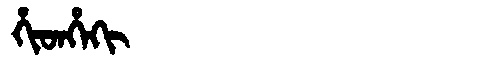
Manchu: ᡥᡳᡨᡥᡝᡴᡳ
Romanization: HITHEKI